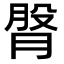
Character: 𦜴